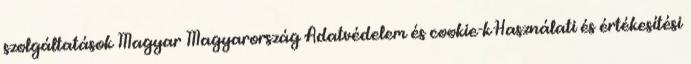
szolgáltatások Magyar Magyarország Adatvédelem és cookie-k Használati és értékesítési